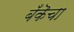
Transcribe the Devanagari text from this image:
बँकॆचा